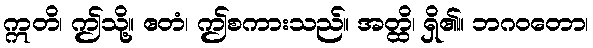
ဣတိ၊ ဤသို့။ ဧတံ၊ ဤစကားသည်။ အတ္ထိ၊ ရှိ၏။ ဘဂဝတော၊